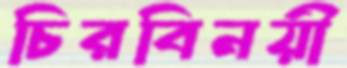
চিরবিনয়ী